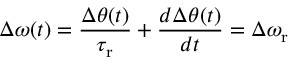
\Delta \omega ( t ) = \frac { \Delta \theta ( t ) } { \tau _ { \mathrm { r } } } + \frac { d \Delta \theta ( t ) } { d t } = \Delta \omega _ { \mathrm { r } }